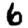
Digit: 6